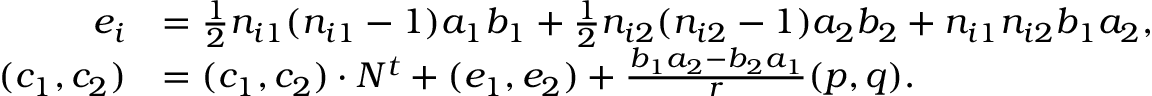
\begin{array} { r l } { e _ { i } } & { = \frac { 1 } { 2 } n _ { i 1 } ( n _ { i 1 } - 1 ) a _ { 1 } b _ { 1 } + \frac { 1 } { 2 } n _ { i 2 } ( n _ { i 2 } - 1 ) a _ { 2 } b _ { 2 } + n _ { i 1 } n _ { i 2 } b _ { 1 } a _ { 2 } , } \\ { ( c _ { 1 } , c _ { 2 } ) } & { = ( c _ { 1 } , c _ { 2 } ) \cdot N ^ { t } + ( e _ { 1 } , e _ { 2 } ) + \frac { b _ { 1 } a _ { 2 } - b _ { 2 } a _ { 1 } } { r } ( p , q ) . } \end{array}